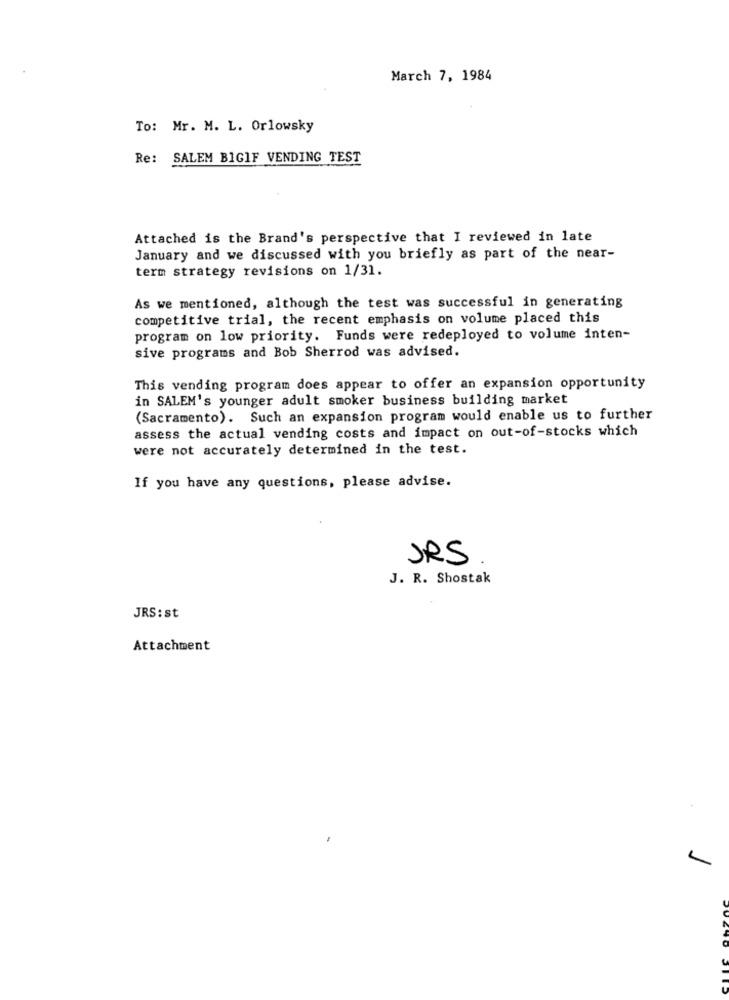
March 7, 1984
To: Mr. M. L. Orlowsky
Re: SALEM BIGIF VENDING TEST
Attached is the Brand's perspective that I reviewed in late
January and we discussed with you briefly as part of the near-
term strategy revisions on 1/31.
As we mentioned, although the test was successful in generating
competitive trial, the recent emphasis on volume placed this
program on low priority. Funds were redeployed to volume inten-
sive programs and Bob Sherrod was advised.
This vending program does appear to offer an expansion opportunity
in SALEM's younger adult smoker business building market
(Sacramento). Such an expansion program would enable us to further
assess the actual vending costs and impact on out-of-stocks which
were not accurately determined in the test.
If you have any questions, please advise.
JRS
J. R. Shostak
JRS: st
Attachment